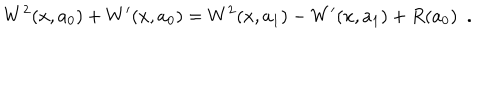
LaTeX: W ^ { 2 } ( x , a _ { 0 } ) + W ^ { \prime } ( x , a _ { 0 } ) = W ^ { 2 } ( x , a _ { 1 } ) - W ^ { \prime } ( x , a _ { 1 } ) + R ( a _ { 0 } ) ~ ~ .